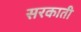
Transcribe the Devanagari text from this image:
सरकाती